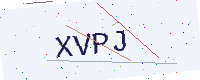
Text: XVPJ